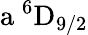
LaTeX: \mathrm{a\ ^{6}D_{9/2}}